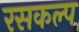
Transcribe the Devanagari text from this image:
रसकल्प